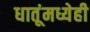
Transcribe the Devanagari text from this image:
धातूंमध्येही